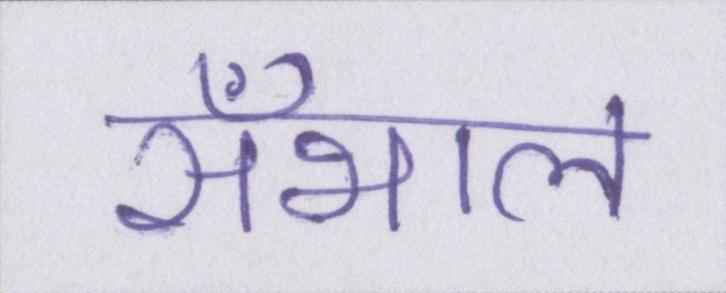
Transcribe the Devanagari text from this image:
सँभाल